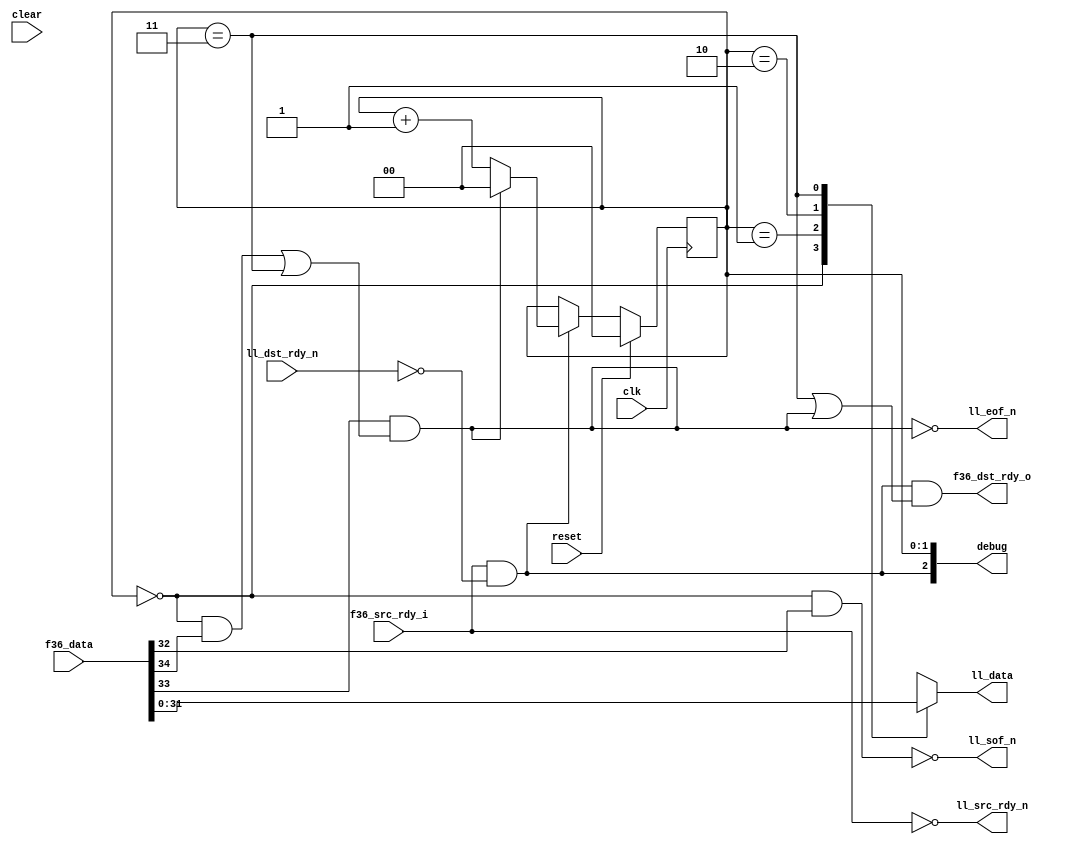
`timescale 1ns / 1ps
//////////////////////////////////////////////////////////////////////////////////
// Company: 
// Engineer: 
// 
// Design Name: 
// Module Name:    fifo36_to_ll8 
// Project Name: 
// Target Devices: 
// Tool versions: 
// Description: 
//
// Convert a 36-bit word, f36_data to four 8-bit outputs
// Special inputs are:
// f36_data[35:34] = f36_occ - number of bytes (2'b00 = 4 bytes)
// f36_data[33]    = f36_sof - signal that this is the first byte of the data stream
// f36_data[32]    = f36_eof - signal that this group of four bytes contains the end of
//										 the data stream (ll_eof_n will be signalled once
//										 f36_occ bytes have been pushed through)
//
// Pushes a byte every clk if src (f36_src_rdy_i) and dst (ll_dst_rdy) are ready.
// Dependencies: 
//
// Revision: 
// Revision 0.01 - File Created
// Additional Comments: 
//
//////////////////////////////////////////////////////////////////////////////////
module fifo36_to_ll8
  (input clk, input reset, input clear,
   input [35:0] f36_data,
   input f36_src_rdy_i,
   output f36_dst_rdy_o,

   output reg [7:0] ll_data,
   output ll_sof_n,
   output ll_eof_n,
   output ll_src_rdy_n,
   input ll_dst_rdy_n,

   output [2:0] debug);

   wire  ll_sof, ll_eof, ll_src_rdy;
   assign ll_sof_n = ~ll_sof;
   assign ll_eof_n = ~ll_eof;
   assign ll_src_rdy_n = ~ll_src_rdy;
   wire ll_dst_rdy = ~ll_dst_rdy_n;

   wire   f36_sof = f36_data[32];
   wire   f36_eof = f36_data[33];
   wire   f36_occ = f36_data[35:34];
   wire advance, end_early;
   reg [1:0] state;

   always @(posedge clk)
     if(reset)
       state 	  <= 0;
     else
       if(advance)
			 if(ll_eof)
				state  <= 0;
			 else
				state  <= state + 1'b1;

   always @*
     case(state)
       0 : ll_data = f36_data[31:24];
       1 : ll_data = f36_data[23:16];
       2 : ll_data = f36_data[15:8];
       3 : ll_data = f36_data[7:0];
       default : ll_data = f36_data[31:24];
       endcase // case (state)
   
   assign ll_sof 	 = (state==0) & f36_sof;
   assign ll_eof 	 = f36_eof & (((state==0)&(f36_occ==1)) |
			       ((state==1)&(f36_occ==2)) |
			       ((state==2)&(f36_occ==3)) |
			       (state==3));
   
   assign ll_src_rdy 	 = f36_src_rdy_i;

   assign advance 	 = ll_src_rdy & ll_dst_rdy;
   assign f36_dst_rdy_o  = advance & ((state==3)|ll_eof);
   assign debug 	 = {advance, state};
   
endmodule // ll8_to_fifo36